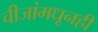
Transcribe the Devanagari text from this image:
चीजांमधूनही